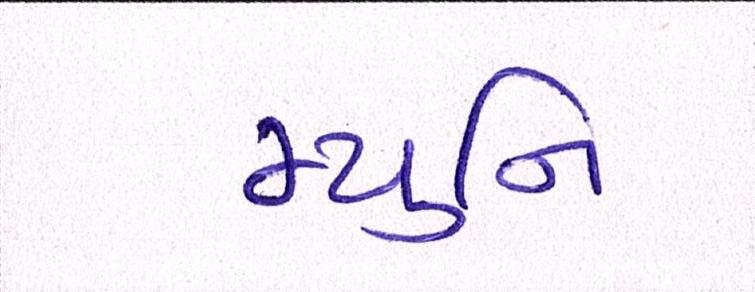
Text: મ્યુનિ